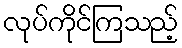
လုပ်ကိုင်ကြသည့်